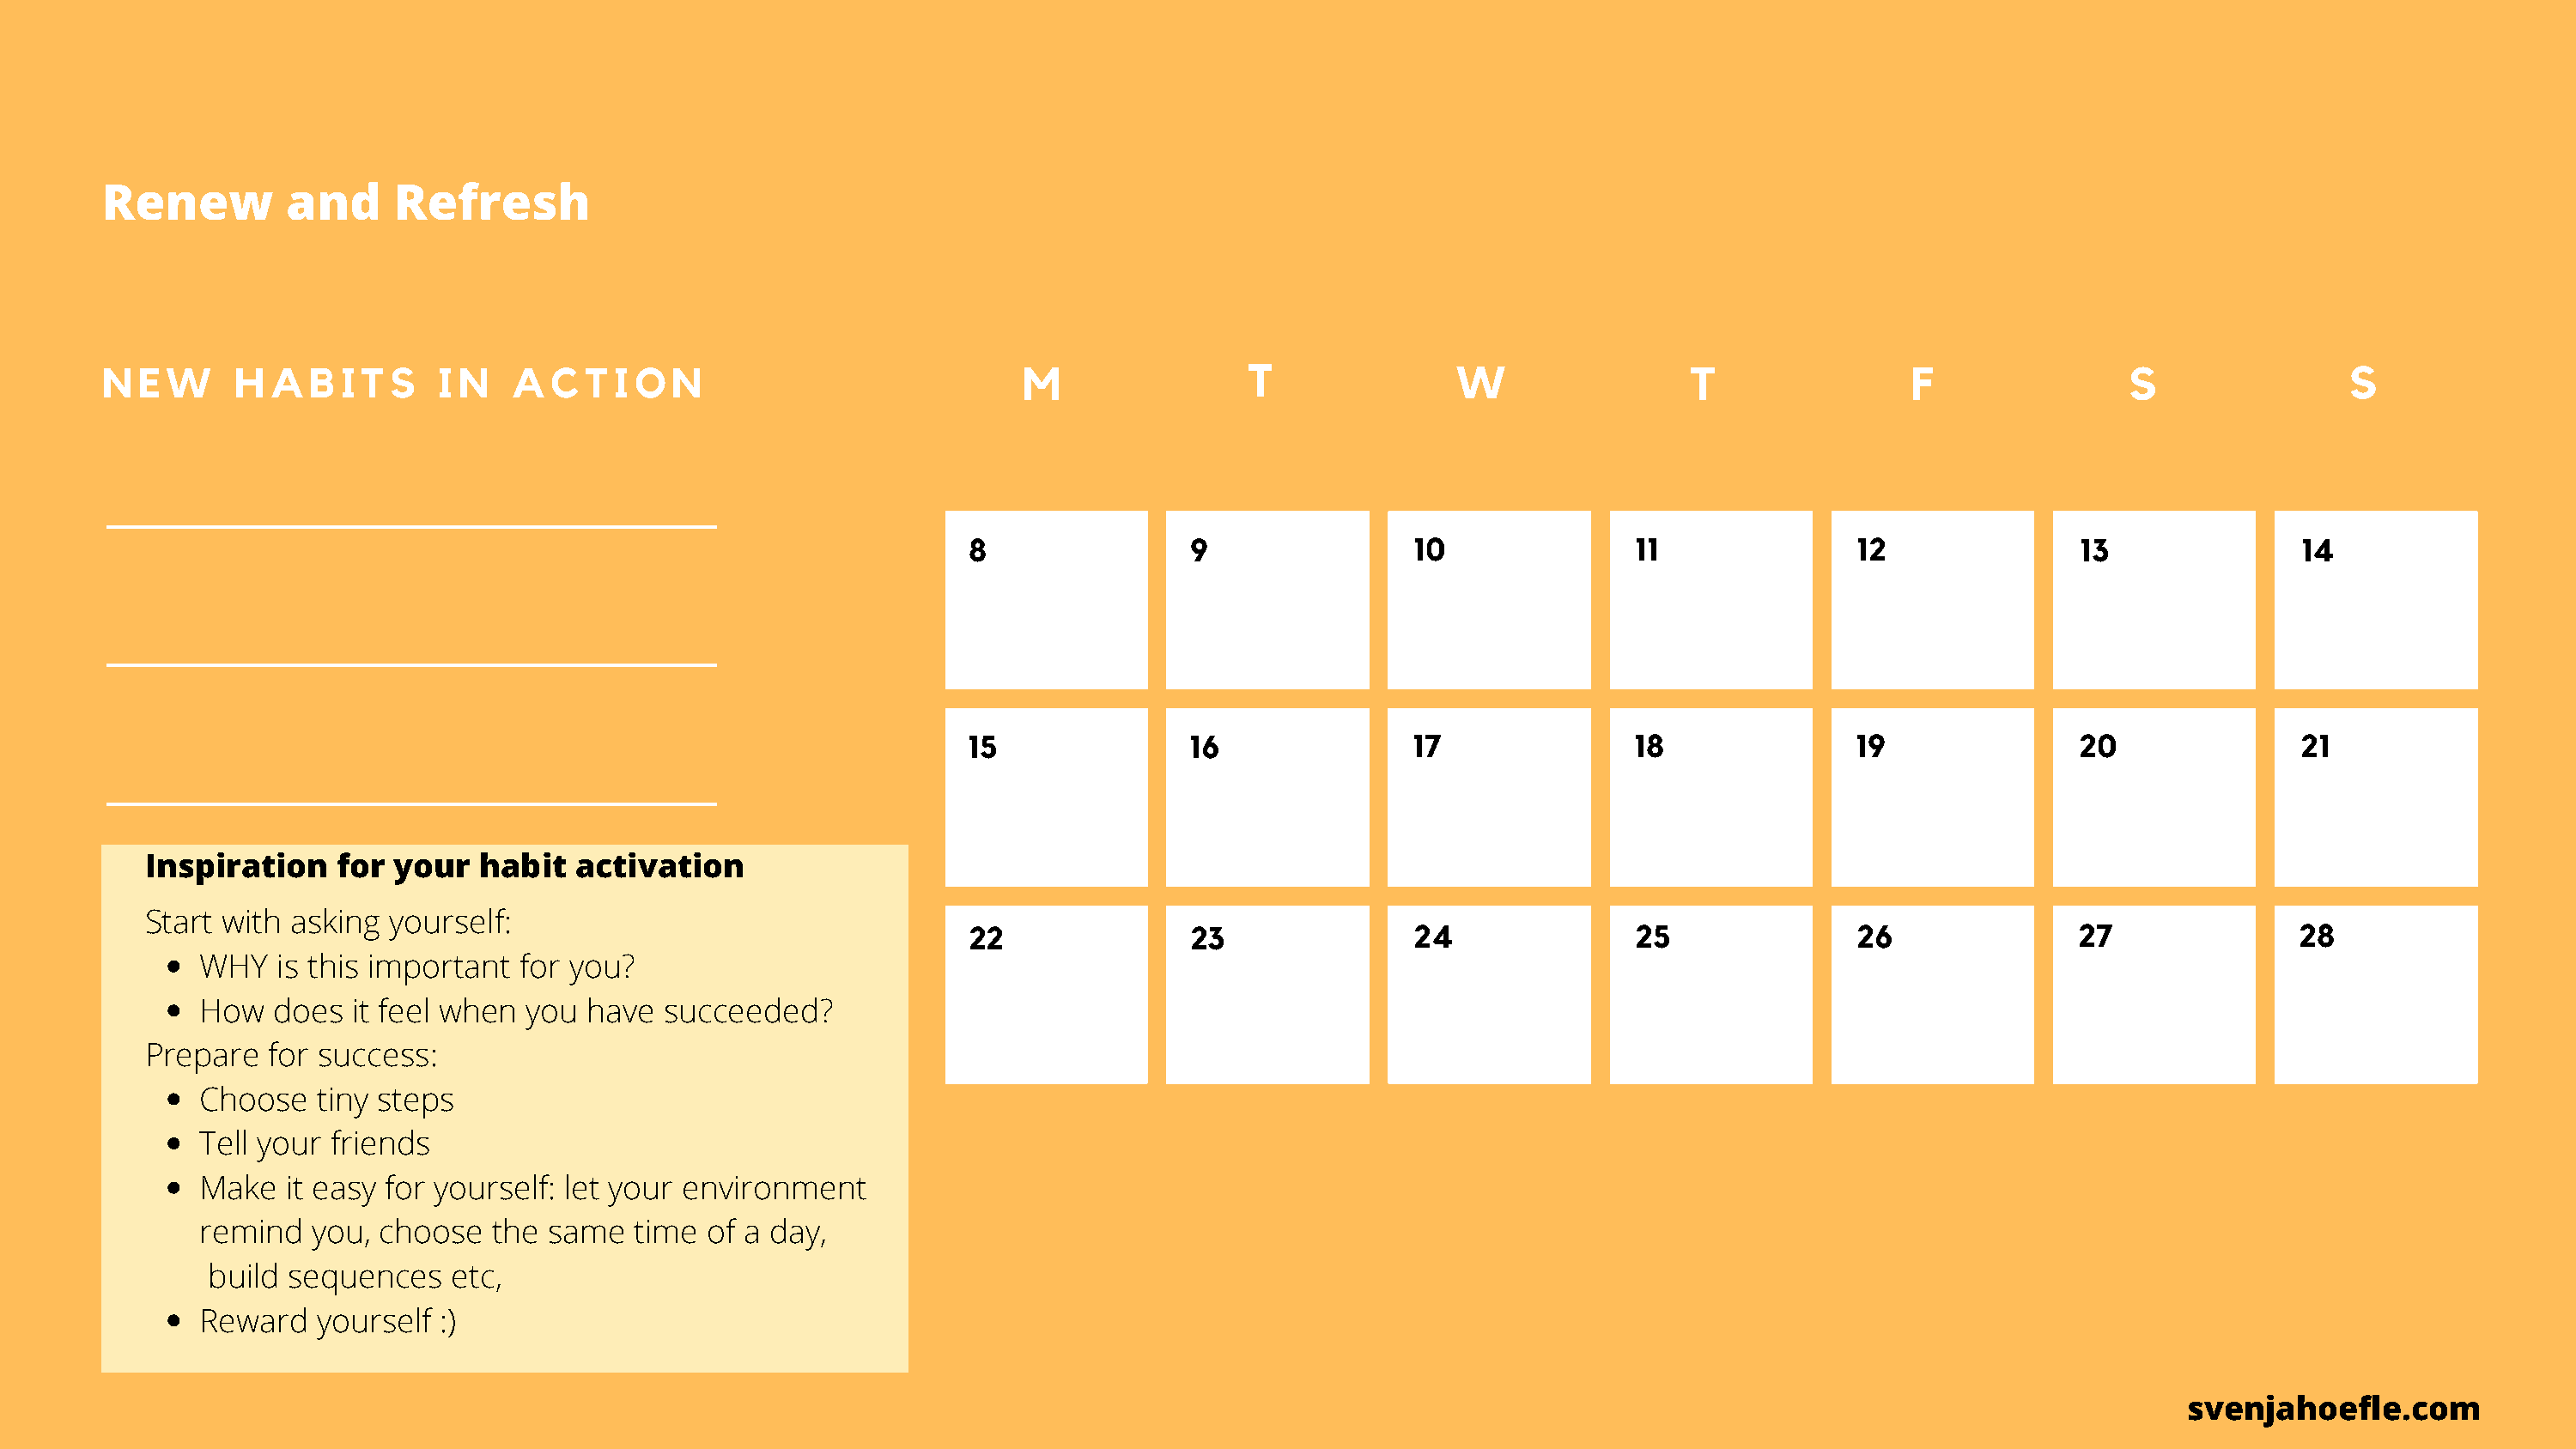
Renew         and     Refresh
 N  E W    H  A  B I T S   I N  A  C  T I O  N                          M                T               W                 T                F                S                S
 8                9                10               11               12               13               14
 15               16               17               18               19               20               21
 Inspiration    for your   habit  activation
 Start with asking  yourself:
 22               23               24               25               26               27               28
 WHY   is this important  for you?
 How   does  it feel when  you have  succeeded?
 Prepare   for success:
 Choose   tiny steps
 Tell your friends
 Make   it easy for yourself: let your environment
 remind   you, choose   the same   time  of a day,
 build sequences    etc,
 Reward   yourself  :)
 svenjahoefle.com